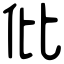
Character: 仳